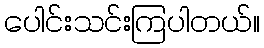
ပေါင်းသင်းကြပါတယ်။